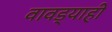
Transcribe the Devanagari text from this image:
वावड्याही